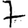
Digit: 7